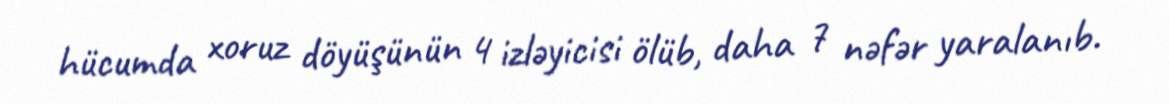
hücumda xoruz döyüşünün 4 izləyicisi ölüb, daha 7 nəfər yaralanıb.